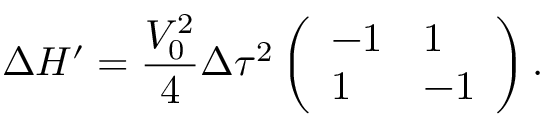
\Delta H ^ { \prime } = \frac { V _ { 0 } ^ { 2 } } { 4 } \Delta \tau ^ { 2 } \left( \begin{array} { l l } { - 1 } & { 1 } \\ { 1 } & { - 1 } \end{array} \right) .